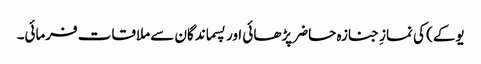
یوکے) کی نمازِ جنازہ حاضر پڑھائی اور پسماندگان سے ملاقات فرمائی۔